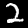
Label: 2